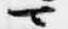
可